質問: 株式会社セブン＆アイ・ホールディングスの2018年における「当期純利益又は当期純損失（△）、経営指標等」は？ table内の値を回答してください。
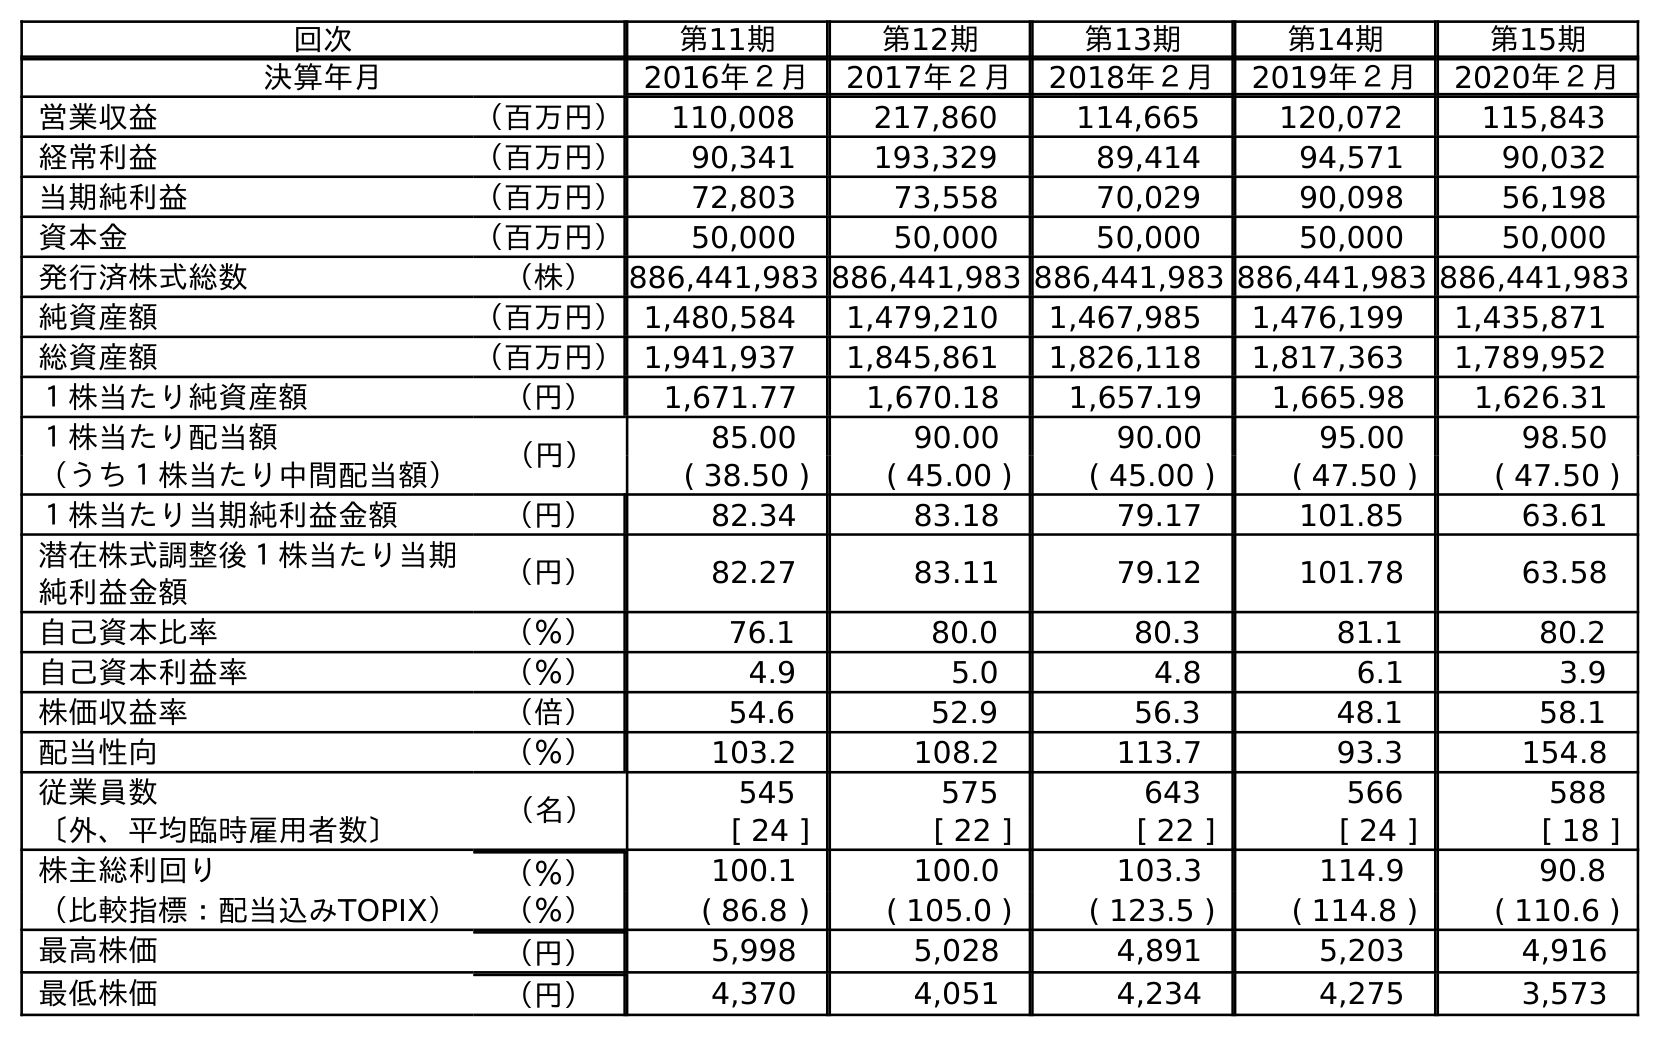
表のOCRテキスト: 回次 第11期 第12期 第13期 第14期 第15期 決算年月 2016年２月 2017年２月 2018年２月 2019年２月 2020年２月 営業収益 （百万円） 110,008 217,860 114,665 120,072 115,843 経常利益 （百万円） 90,341 193,329 89,414 94,571 90,032 当期純利益 （百万円） 72,803 73,558 70,029 90,098 56,198 資本金 （百万円） 50,000 50,000 50,000 50,000 50,000 発行済株式総数 （株） 886,441,983 886,441,983 886,441,983 886,441,983 886,441,983 純資産額 （百万円）1,480,584 1,479,210 1,467,985 1,476,199 1,435,871 総資産額 （百万円）1,941,937 1,845,861 1,826,118 1,817,363 1,789,952 １株当たり純資産額 （円） 1,671.77 1,670.18 1,657.19 1,665.98 1,626.31 １株当たり配当額 （円） 85.00 90.00 90.00 95.00 98.50 （うち１株当たり中間配当額） ( 38.50 ) ( 45.00 ) ( 45.00 ) ( 47.50 ) ( 47.50 ) １株当たり当期純利益金額 （円） 82.34 83.18 79.17 101.85 63.61 潜在株式調整後１株当たり当期 純利益金額 （円） 82.27 83.11 79.12 101.78 63.58 自己資本比率 （％） 76.1 80.0 80.3 81.1 80.2 自己資本利益率 （％） 4.9 5.0 4.8 6.1 3.9 株価収益率 （倍） 54.6 52.9 56.3 48.1 58.1 配当性向 （％） 103.2 108.2 113.7 93.3 154.8 従業員数 （名） 545 575 643 566 588 〔外、平均臨時雇用者数〕 [ 24 ] [ 22 ] [ 22 ] [ 24 ] [ 18 ] 株主総利回り （％） 100.1 100.0 103.3 114.9 90.8 （比較指標：配当込みTOPIX） （％） ( 86.8 ) ( 105.0 ) ( 123.5 ) ( 114.8 ) ( 110.6 ) 最高株価 （円） 5,998 5,028 4,891 5,203 4,916 最低株価 （円） 4,370 4,051 4,234 4,275 3,573
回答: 70,029